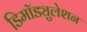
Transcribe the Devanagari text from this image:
डिमॉड्युलेशन